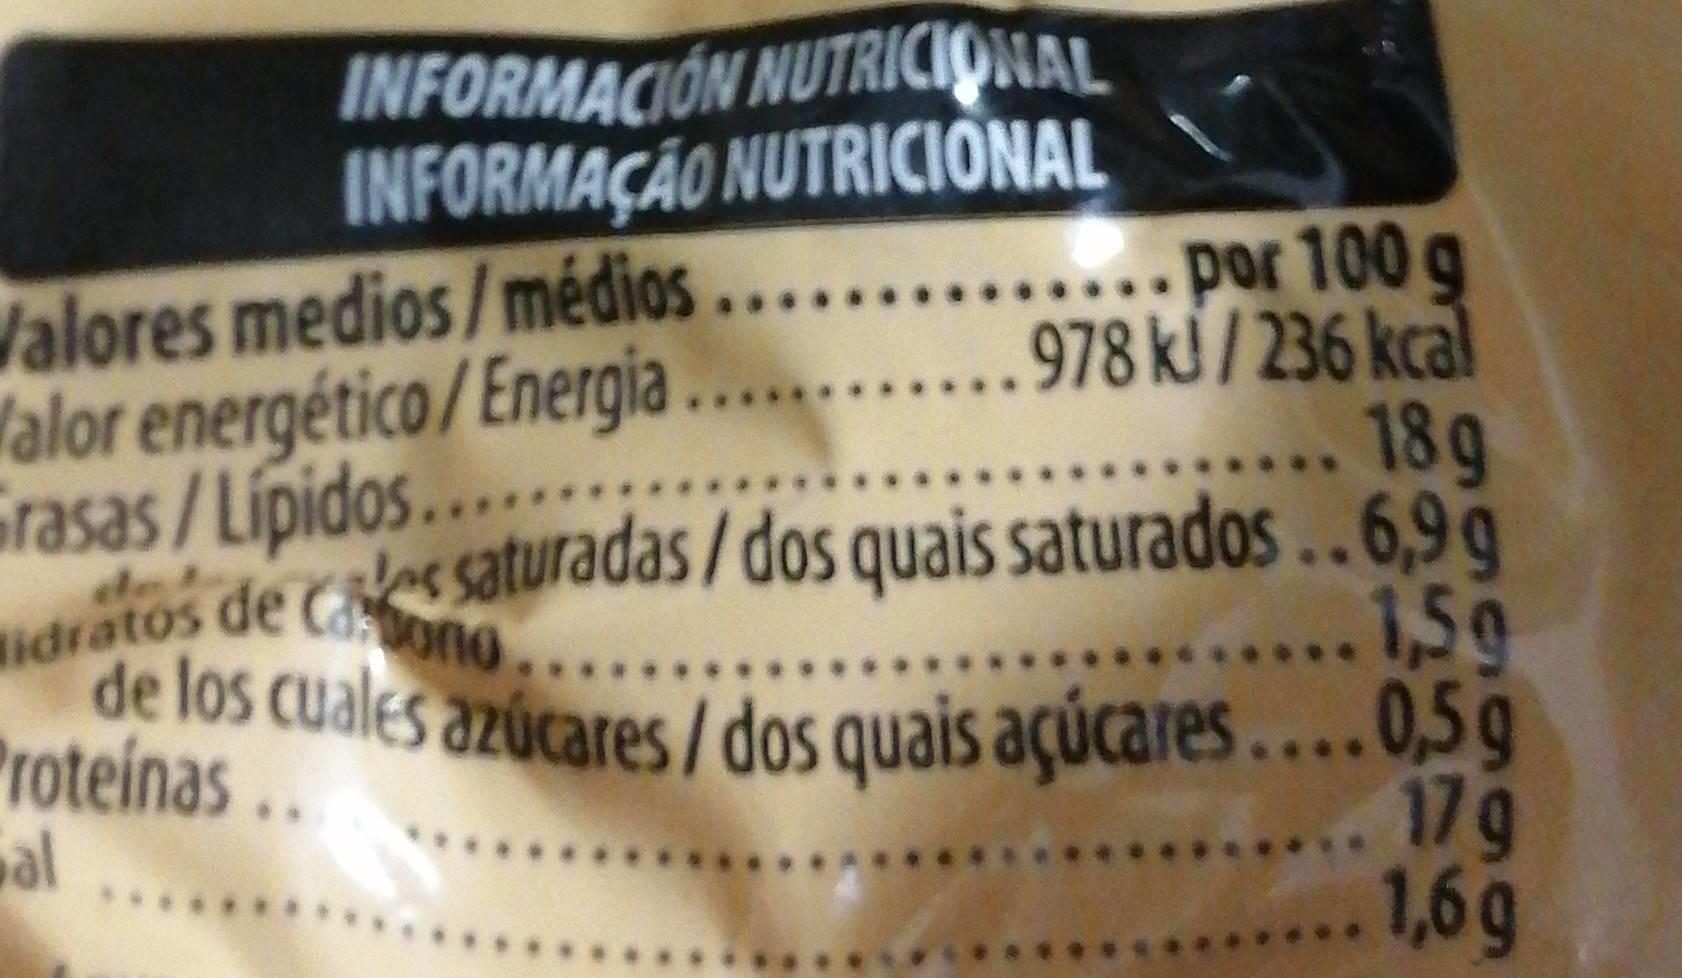
INFORMACIÓN NUTRICIONAL INFORMAÇÃO NUTRICIONAL
...por 100 g 978 kl / 236 kcal ... 18g
Valores medios/médios... Valor energético/Energia .... Grasas/Lipidos... ndratos de Cs saturadas / dos quais saturados..6.90 de los cuales azúcares/ dos quais açúcares ....0,5g Proteinas.. al
Carono
....1,59
...17g 1,6g